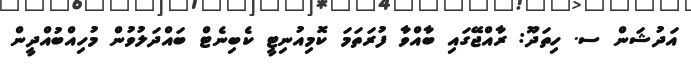
އަދުޝަން ސ. ހިތަދޫ: ރާއްޖޭގައި ބާއްވާ ފުރަތަމަ ކޮމިއުނިޓީ ކެބިނެޓް ބައްދަލުވުން މުހިއްބުއްދީން